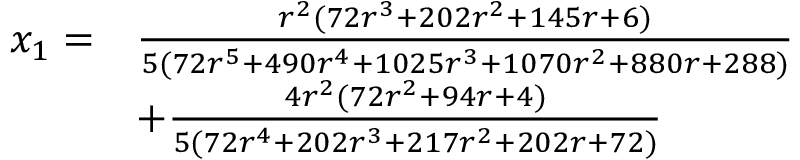
\begin{array} { r l } { x _ { 1 } = } & { \frac { r ^ { 2 } ( 7 2 r ^ { 3 } + 2 0 2 r ^ { 2 } + 1 4 5 r + 6 ) } { 5 ( 7 2 r ^ { 5 } + 4 9 0 r ^ { 4 } + 1 0 2 5 r ^ { 3 } + 1 0 7 0 r ^ { 2 } + 8 8 0 r + 2 8 8 ) } } \\ & { + \frac { 4 r ^ { 2 } ( 7 2 r ^ { 2 } + 9 4 r + 4 ) } { 5 ( 7 2 r ^ { 4 } + 2 0 2 r ^ { 3 } + 2 1 7 r ^ { 2 } + 2 0 2 r + 7 2 ) } } \end{array}